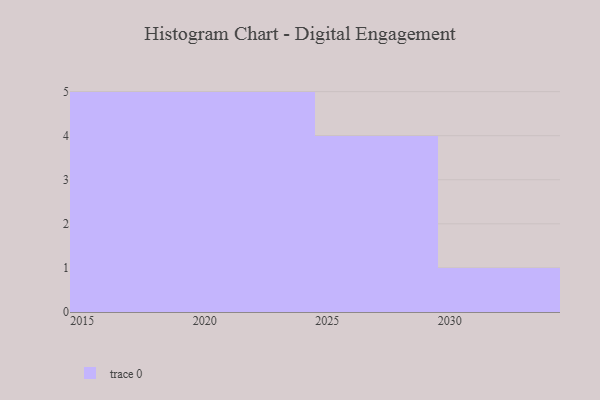
{"axis": {"x": "Year", "y": "LTV (USD)"}, "legend": [""], "data": [{"x": "2028", "y": 92, "type": ""}, {"x": "2026", "y": 68, "type": ""}, {"x": "2020", "y": 39, "type": ""}, {"x": "2017", "y": 47, "type": ""}, {"x": "2018", "y": 86, "type": ""}, {"x": "2016", "y": 74, "type": ""}, {"x": "2024", "y": 79, "type": ""}, {"x": "2023", "y": 17, "type": ""}, {"x": "2027", "y": 81, "type": ""}, {"x": "2019", "y": 49, "type": ""}, {"x": "2029", "y": 36, "type": ""}, {"x": "2021", "y": 13, "type": ""}, {"x": "2015", "y": 36, "type": ""}, {"x": "2030", "y": 1, "type": ""}, {"x": "2022", "y": 63, "type": ""}]}